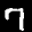
Label: 7